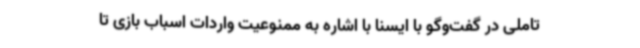
تاملی در گفت‌وگو با ایسنا با اشاره به ممنوعیت واردات اسباب بازی تا